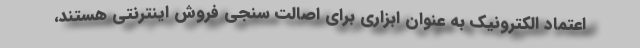
اعتماد الکترونیک به عنوان ابزاری برای اصالت سنجی فروش اینترنتی هستند،